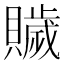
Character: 𧸗